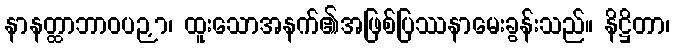
နာနတ္ထာဘာဝပဉှာ၊ ထူးသောအနက်၏အဖြစ်ပြဿနာမေးခွန်းသည်။ နိဋ္ဌိတာ၊